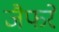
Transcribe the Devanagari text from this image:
जैफरे